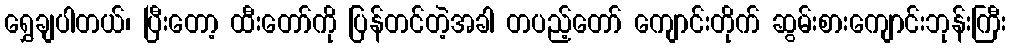
ရွှေချပါတယ်၊ ပြီးတော့ ထီးတော်ကို ပြန်တင်တဲ့အခါ တပည့်တော် ကျောင်းတိုက် ဆွမ်းစားကျောင်းဘုန်းကြီး